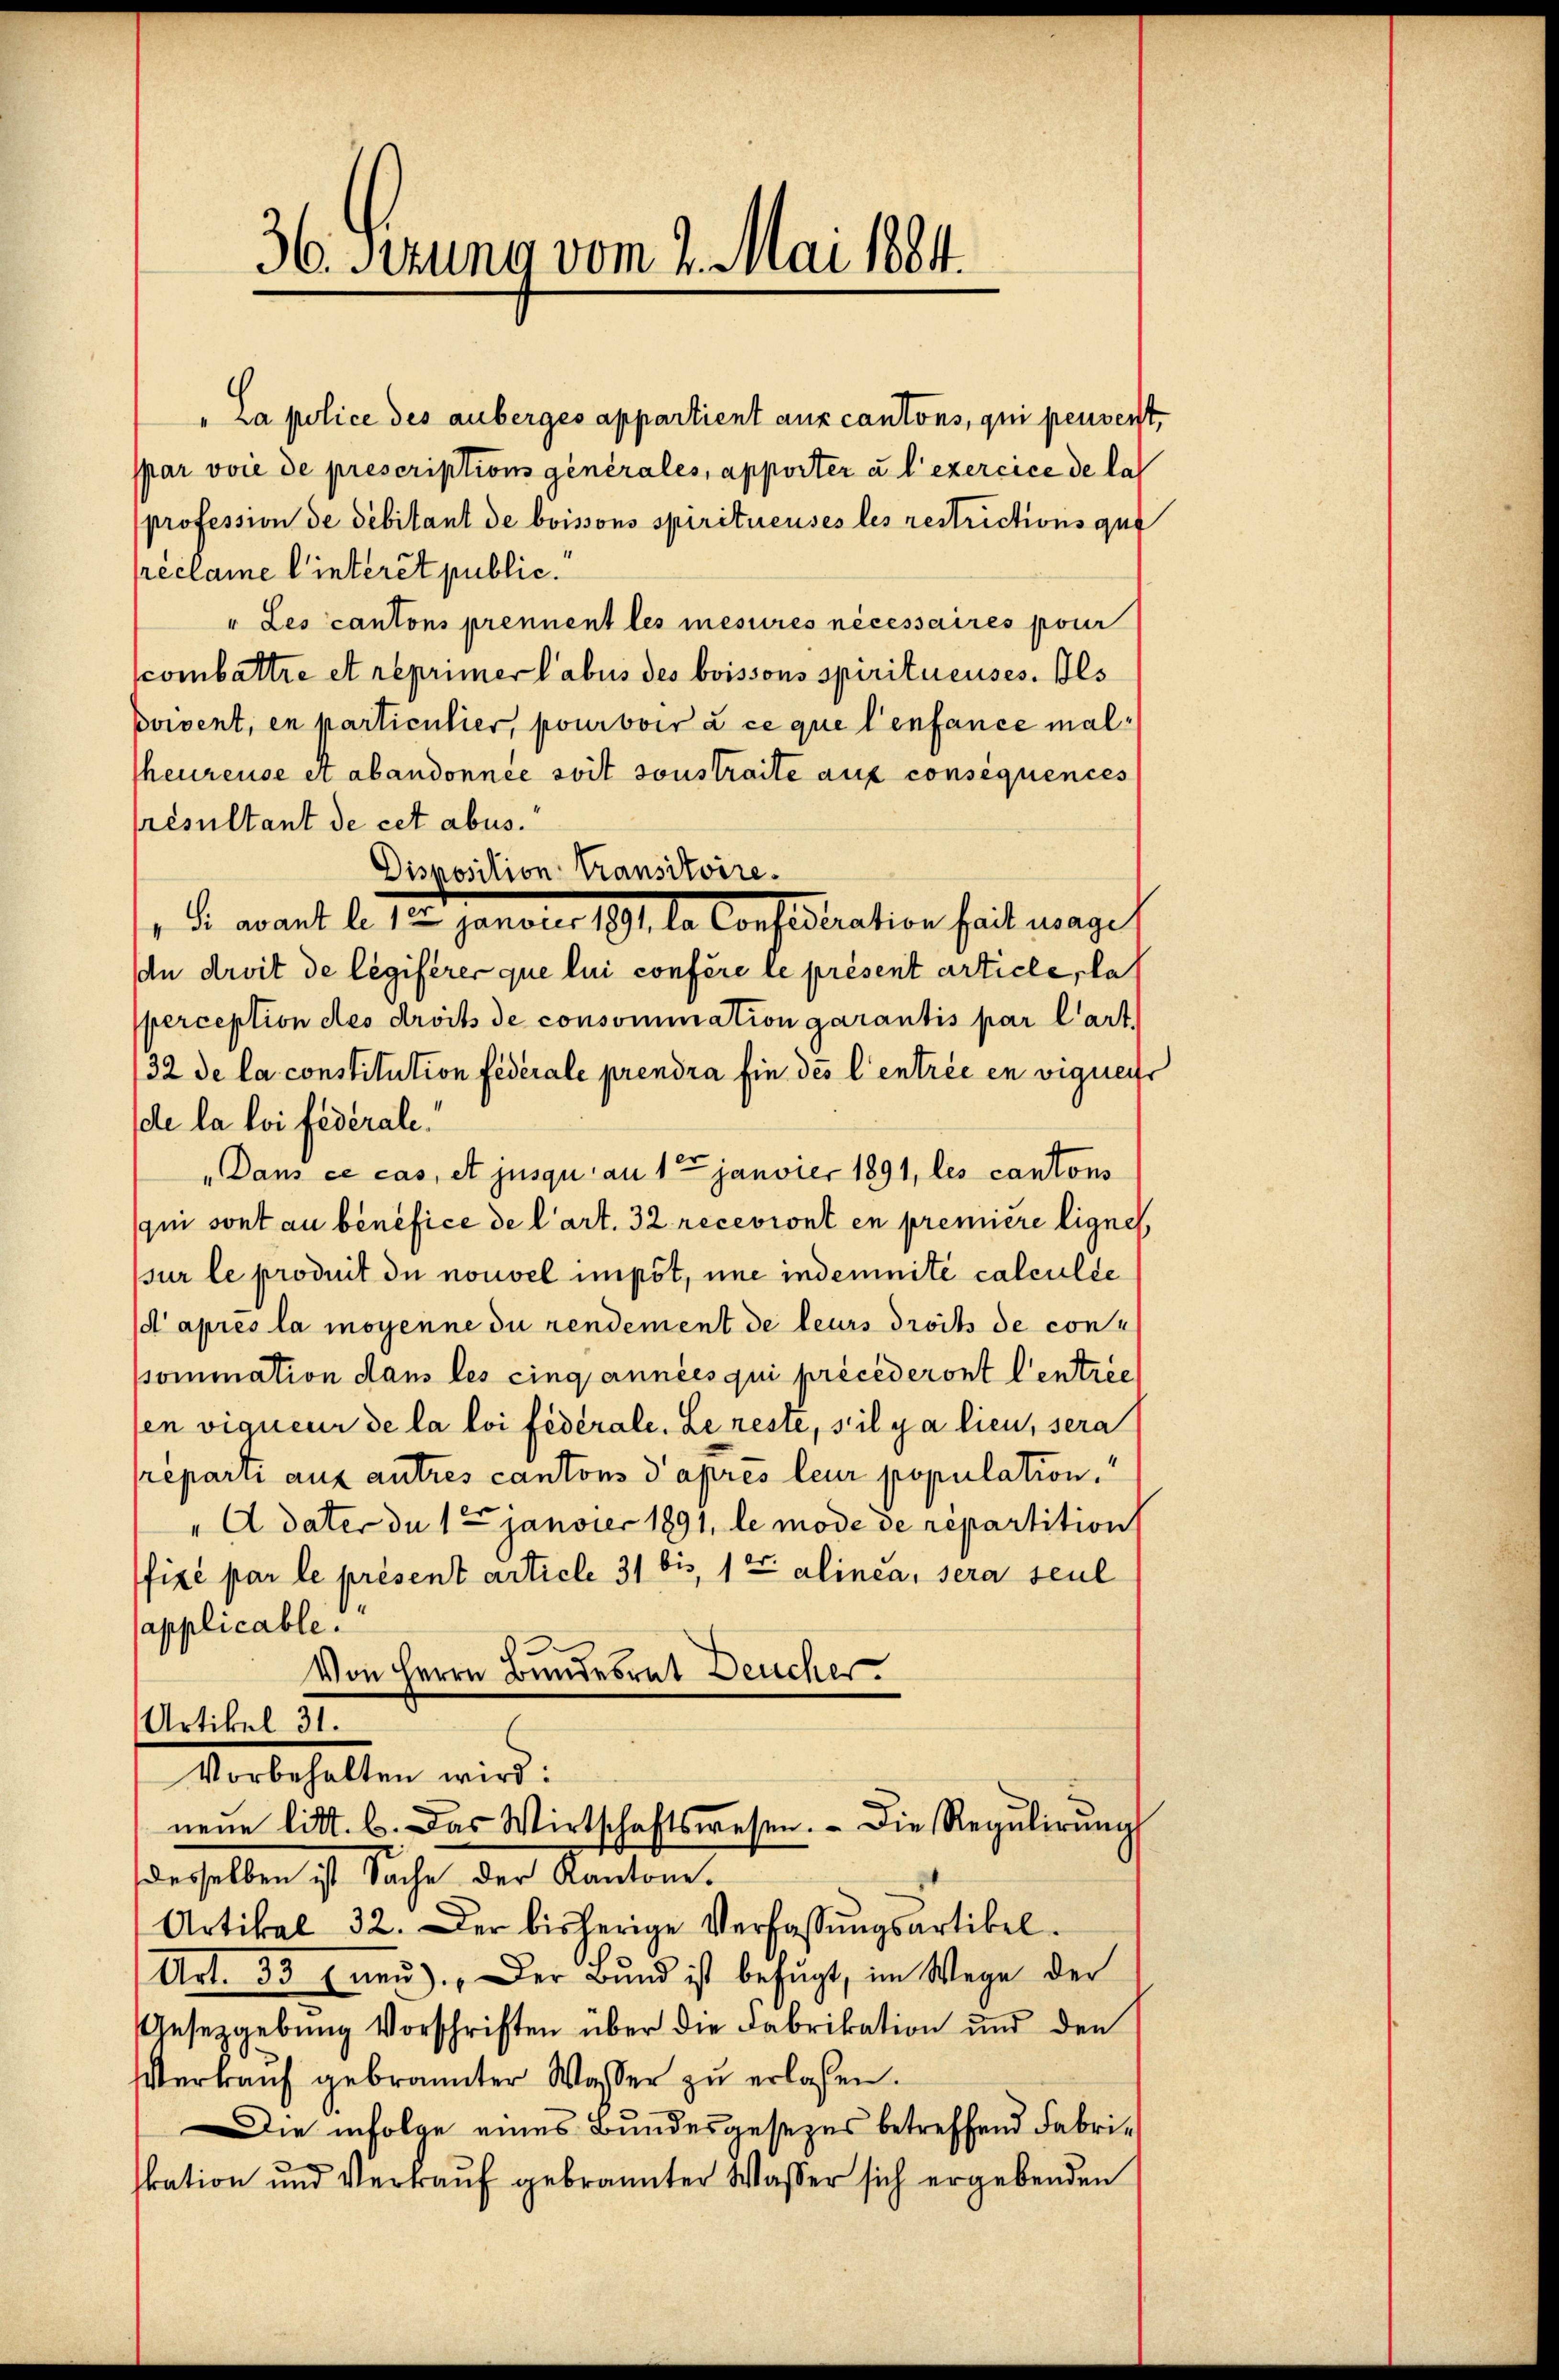
36. Ferina vom 1. Mai 1881.

réclame l’interet public.
" Les cantons prennent les mesures nécessaires pour
combattre et reprimer Labus des boissous spiritueuses. Ils
poient, en particulier, pourvoir à ce que l’enfance maltheureuse et abandonnée soit sonstraite auf consequences
resultant de cet abus.
Disposition Transitoire.
D. wart d. 12. Jenber 181. l. Consistration seit mages
dn droit de legiferer que lui confère le présent article, das
perception des droits de consommation garantis par l’art.
32 de la constitution fédérale prendra fin des Centrée en vignes
de la loi fédérale.
„Dans ce cas, et jusqu au 1 Janvier 1891, les cantons
qui sont au benefice de l’art. 32 recevront en première lignes
sur le produit du nouvel impot, une indemnité calculie
d’après la mogenne du rendement de leurs droits de cont
sommation dans les cinq années qui précéderont Centree
en vigueur de la loi fédérale. Le reste, s’il y a lieu, sera
reparti aux autres cantons d’après leur population.
"A dater du 12 janvier 1891, le mode de repartition
fixé par le présent article 31 bis 1 x alinea, sera seul
applicable.
Von Herrn Bundesrat Deucher.
Artikel 31.
Vorbehalten wird:
neŭe litt. b. Das Wirtschaftswesen. Die Regŭlirŭng
derselben ist Sache der Kantone.
Artikel 32. Der bisherige Verfassŭngsartikel-
Art. 33 (neŭ). Der Bŭnd ist befŭgt, im Wege der
Ansezgebung Vorschriften über die Fabrikation und den
Verkaŭf gebrannter Wasser zŭ erlassen.
Die infolge eines Bundesgesezes betreffend Fabrikation und Verkaŭf gebrannter Wasser sich ergebenden

"La police des anberges appartient aux cantons, qui peuvent,
spar voie de prescriptions générales, apporter u. l’exercice de las
profession de debitant de boissons spirituenses les restrictions que